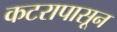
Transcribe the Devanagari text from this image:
कटरापासून